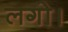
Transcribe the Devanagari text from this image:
लगो।